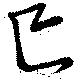
巳